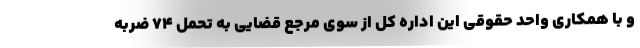
و با همکاری واحد حقوقی این اداره کل از سوی مرجع قضایی به تحمل ۷۴ ضربه